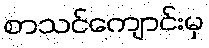
စာသင်ကျောင်းမှ